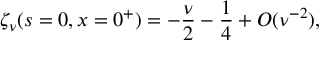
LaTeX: \zeta _ { \nu } ( s = 0 , x = 0 ^ { + } ) = \displaystyle { { { - \frac { \nu } { 2 } } - \frac { 1 } { 4 } } + { \cal O } ( \nu ^ { - 2 } ) } ,